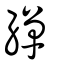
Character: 繟